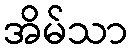
အိမ်သာ